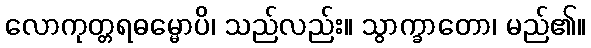
လောကုတ္တရဓမ္မောပိ၊ သည်လည်း။ သွာက္ခာတော၊ မည်၏။